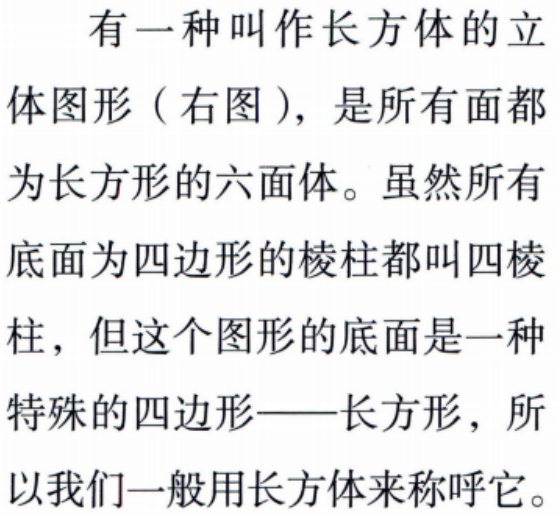
有一种叫作长方体的立体图形（右图），是所有面都为长方形的六面体。虽然所有底面为四边形的棱柱都叫四棱柱，但这个图形的底面是一种特殊的四边形——长方形，所以我们一般用长方体来称呼它。